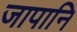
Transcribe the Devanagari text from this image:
जापानि